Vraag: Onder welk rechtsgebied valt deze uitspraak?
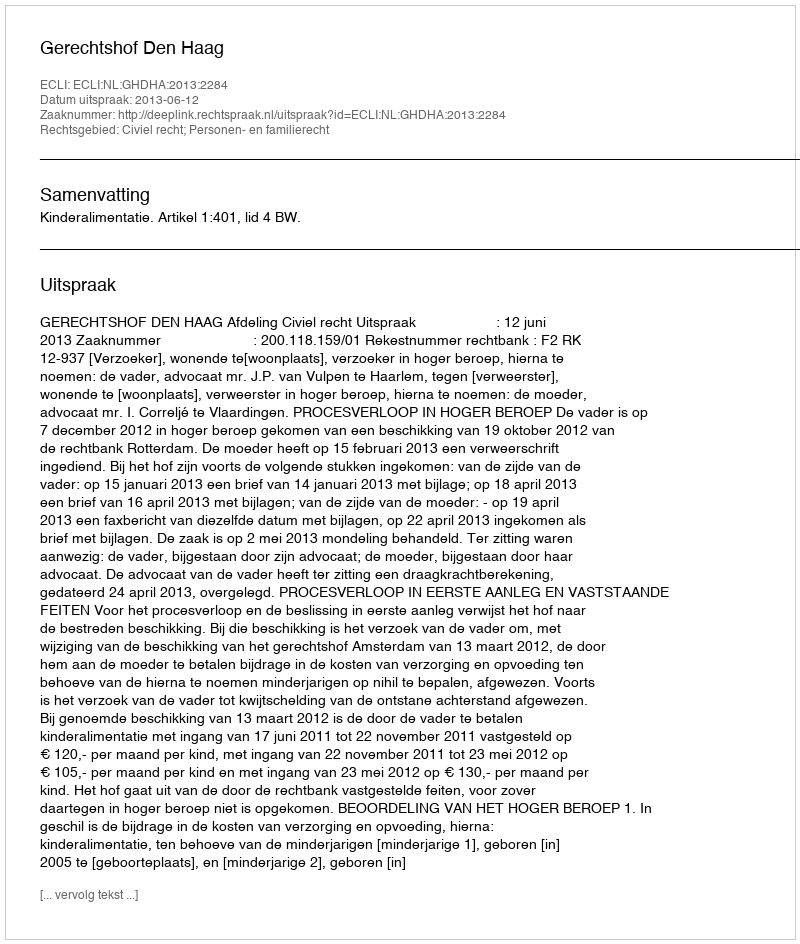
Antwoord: Civiel recht; Personen- en familierecht